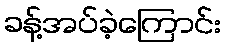
ခန့်အပ်ခဲ့ကြောင်း